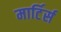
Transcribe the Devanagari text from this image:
मार्टिर्स